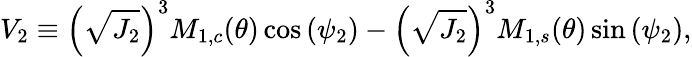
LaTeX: V_{2}\equiv\left(\sqrt{J_{2}}\right)^{3}M_{1,c}(\theta)\cos{\left(\psi_{2}\right)}-\left(\sqrt{J_{2}}\right)^{3}M_{1,s}(\theta)\sin{\left(\psi_{2}\right)},